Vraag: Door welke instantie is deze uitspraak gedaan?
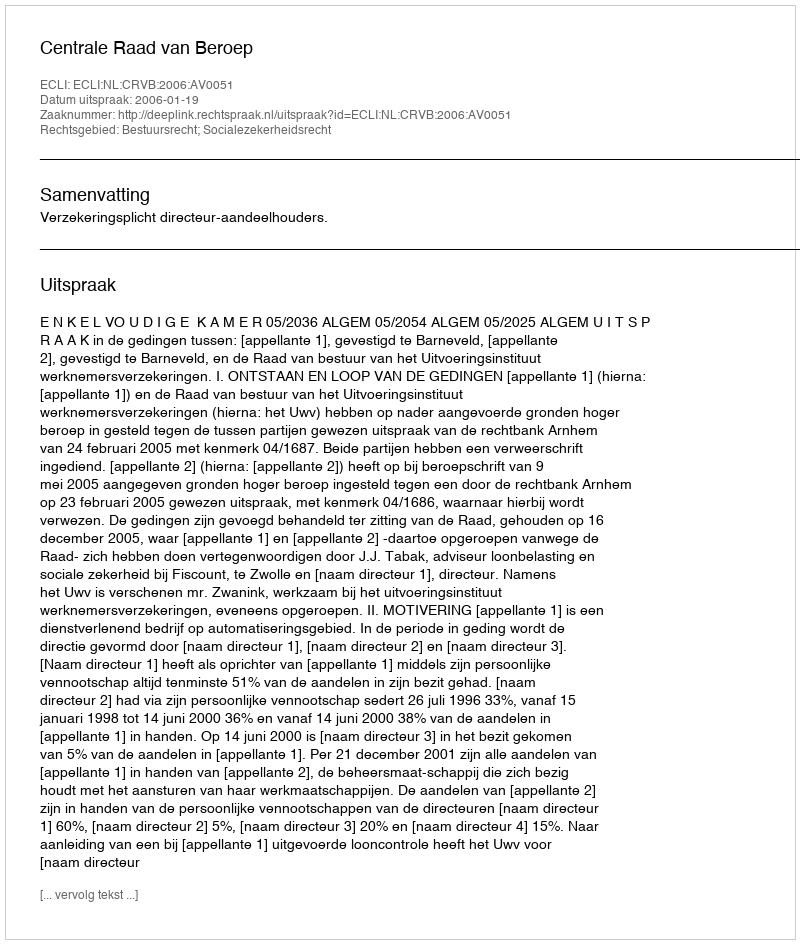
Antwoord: Centrale Raad van Beroep